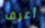
أعرف